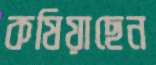
কষিয়াছেন